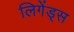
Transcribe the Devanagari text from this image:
लिगेंड्स